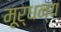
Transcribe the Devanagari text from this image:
मूर्धन्‍य